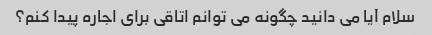
سلام آیا می دانید چگونه می توانم اتاقی برای اجاره پیدا کنم؟